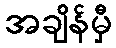
အချိန်မှီ